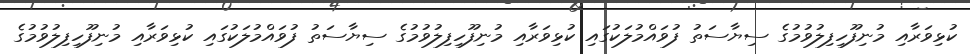
ކުޅިވަރާއި މުނިފޫހިފިލުވުމުގެ ސިޔާސަތު ފުވައްމުލަކުގައި ކުޅިވަރާއި މުނިފޫހިފިލުވުމުގެ ސިޔާސަތު ފުވައްމުލަކުގައި ކުޅިވަރާއި މުނިފޫހިފިލުވުމުގެ